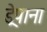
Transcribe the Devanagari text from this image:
ड्रेपाना